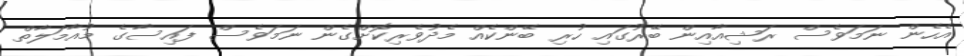
އެހެން ނަމަވެސް ރަޝިއާއިން ބޭރުގައި ހުރި ބޭންކެއް މެދުވެރިކޮށްގެން ނަމަވެސް ފައިސާގެ މުއާމަލާތް